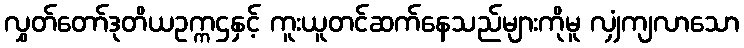
လွှတ်တော်ဒုတိယဥက္ကဌနှင့် ကူးယူတင်ဆက်နေသည်များကိုမူ လျှံကျလာသော